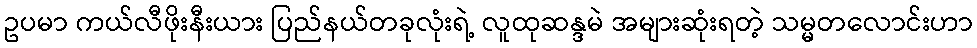
ဥပမာ ကယ်လီဖိုးနီးယား ပြည်နယ်တခုလုံးရဲ့ လူထုဆန္ဒမဲ အများဆုံးရတဲ့ သမ္မတလောင်းဟာ